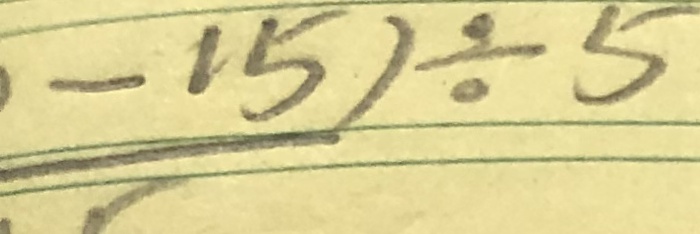
- 1 5 ) \div 5